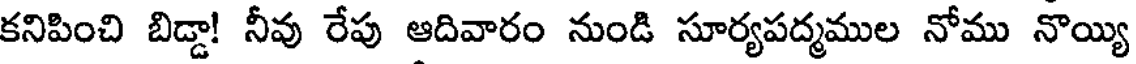
కనిపించి బిడ్డా! నీవు రేపు ఆదివారం నుండి సూర్యపద్మముల నోము నొయ్యి